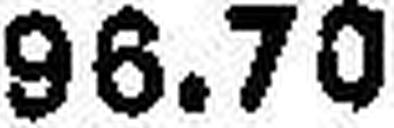
96.70